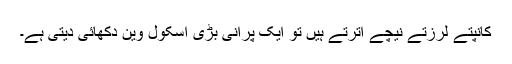
کانپتے لرزتے نیچے اترتے ہیں تو ایک پرانی بڑی اسکول وین دکھائی دیتی ہے۔